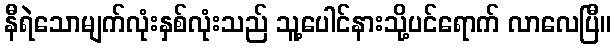
နီရဲသောမျက်လုံးနှစ်လုံးသည် သူ့ပေါင်နားသို့ပင်ရောက် လာလေပြီ။